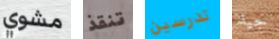
مشوي تنقذ تدرسين جيد